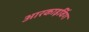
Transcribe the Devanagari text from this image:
आरकाइविंग